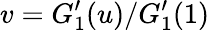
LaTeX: v=G_{1}^{\prime}(u)/G_{1}^{\prime}(1)